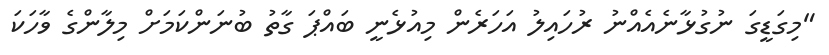
"މިގަޑީގަ ނުގުޅާނެއެއްނު ރުހައިލު އަހަރެން މިއުޅެނީ ބައްޕަ ގާތު ބުނަންކަމަށް މިލާންގެ ވާހަކަ